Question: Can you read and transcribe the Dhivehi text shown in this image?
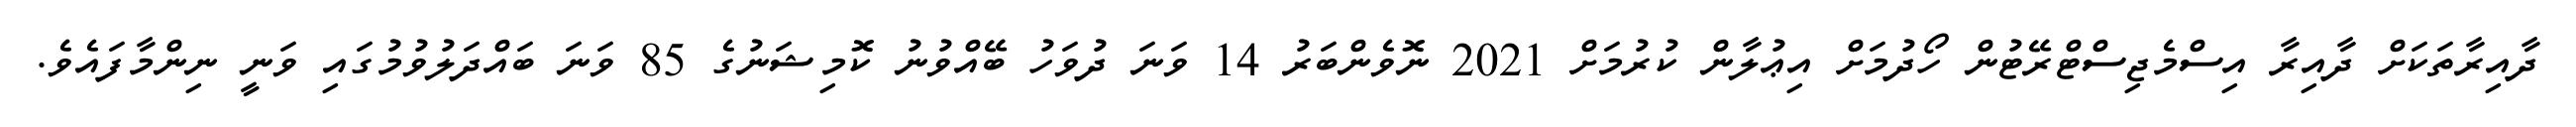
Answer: ދާއިރާތަކަށް ދާއިރާ އިސްމެޖިސްޓްރޭޓުން ހޯދުމަށް އިޢުލާން ކުރުމަށް 2021 ނޮވެންބަރު 14 ވަނަ ދުވަހު ބޭއްވުނު ކޮމިޝަނުގެ 85 ވަނަ ބައްދަލުވުމުގައި ވަނީ ނިންމާފައެވެ.